Burma Government Medical School reports 1923-41
Year: 1923
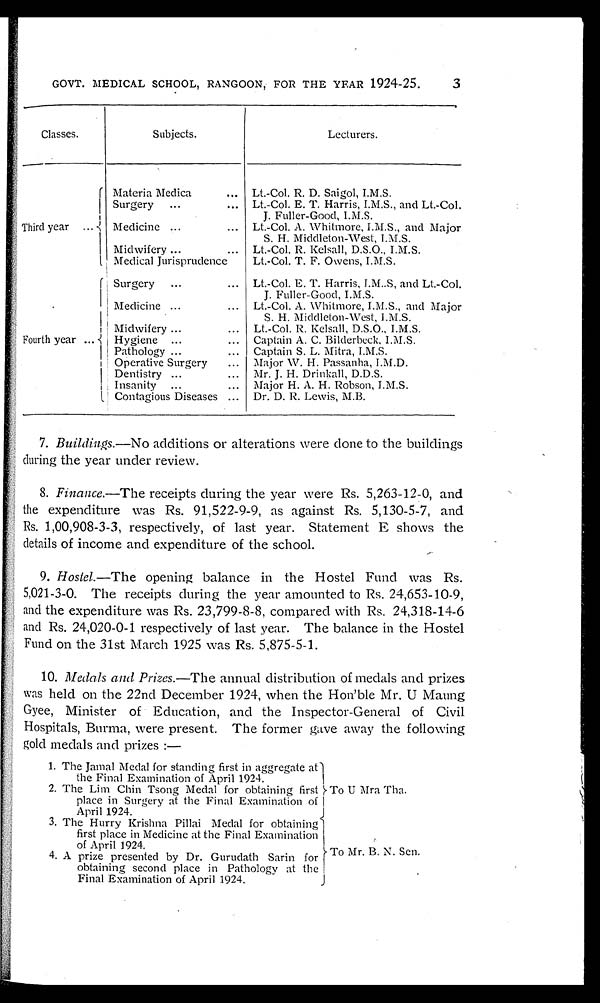
GOVT. MEDICAL SCHOOL, RANGOON, FOR THE YEAR 1924-25.
Classes.
Subjects.
Lecturers.
Third year . . .
Materia Medica . . . Lt.-Col. R. D. Saigol, I.M.S.
Surgery . . . Lt.-Col. E. T. Harris, I.M.S., and Lt.-Col,
J. Fuller-Good, I.M.S.
Medicine . . . Lt.-Col. A. Whitmore, I.M.S., and Major
S. H. Middleton-West, I.M.S.
Midwifery . . . Lt.-Col. R. Kelsall, D.S.O., I.M.S.
Medical Jurisprudence
Lt.-Col. T. F. Owens, I.M.S.
F o u r t h y e a r . . .
Surgery . . . Lt.-Col. E. T. Harris, I.M..S, and Lt.-Col.
J. Fuller-Good, I.M.S.
Medicine . . . Lt.-Col. A. Whitmore, I.M.S., and Major
S. H. Middleton-West, I.M.S.
M i d w i f e r y . . .
Lt.-Col. R. Kelsall, D.S.O., I.M.S.
Hygiene . . . Captain A. C. Bilderbeck. I.M.S.
Pathology . . . Captain S. L. Mitra, I.M.S.
Operative Surgery . . . Major W. H. Passanha, I.M.D.
Dentistry . . . Mr. J. H. Drinkall, D.D.S.
Insanity . . . Major H. A. H. Robson, J.M.S.
Contagious Diseases . . . Dr. D. R. Lewis, M.B.
7. Buildings.—No additions or alterations were done to the buildings
during the year under review.
8. Finance.—The receipts during the year were Rs. 5,263-12-0, and
the expenditure was Rs. 91,522-9-9, as against Rs. 5,130-5-7, and
Rs. 1,00,908-3-3, respectively, of last year. Statement E shows the
details of income and expenditure of the school.
9. Hostel.—The opening balance in the Hostel Fund was Rs.
5,021-3-0. The receipts during the year amounted to Rs. 24,653-10-9,
and the expenditure was Rs. 23,799-8-8, compared with Rs. 24,318-14-6
and Rs. 24,020-0-1 respectively of last year. The balance in the Hostel
Fund on the 31st March 1925 was Rs. 5,875-5-1.
10. Medals and Prizes.—The annual distribution of medals and prizes
was held on the 22nd December 1924, when the Hon'ble Mr. U Maung
Gyee, Minister of Education, and the Inspector-General of Civil
Hospitals, Burma, were present. The former gave away the following
gold medals and prizes:—
1. The Jamal Medal for standing first in aggregate at
the Final Examination of April 1924.
To U Mra Tha.
2. The Lim Chin Tsong Medal for obtaining first
place in Surgery at the Final Examination of
April 1924.
3. The Hurry Krishna Pillai Medal for obtaining
first place in Medicine at the Final Examination
of April 1924.
To Mr. B. N. Sen.
4. A prize presented by Dr. Gurudath Sarin for
obtaining second place in Pathology at the
Final Examination of April 1924.
3